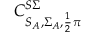
C _ { S _ { A } , \Sigma _ { A } , \frac { 1 } { 2 } \pi } ^ { S \Sigma }